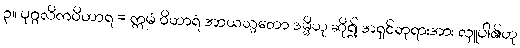
၃။ ပုဂ္ဂလိကဝိဟာရ = ဣမံ ဝိဟာရံ အာယသ္မတော ဒမ္မိဟု ဆို၍ အရှင်ဘုရားအား လှူပါ၏ဟု